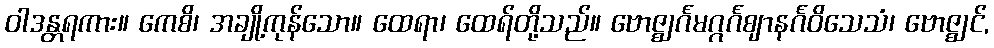
ဝါဒန္တရကား။ ကေစိ၊ အချို့ကုန်သော။ ထေရာ၊ ထေရ်တို့သည်။ ဗောဇ္ဈင်္ဂမဂ္ဂင်္ဂဈာနင်္ဂဝိသေသံ၊ ဗောဇ္ဈင်,